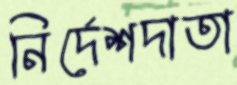
নির্দেশদাতা